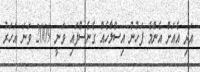
އަދި އެއަށް އެންމެ ފަހުން އިސްލާހެއް ގެނެސްފައި ވަނީ 2009 ވަނަ އަހަރު